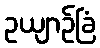
ဥယျာဉ်ခြံ